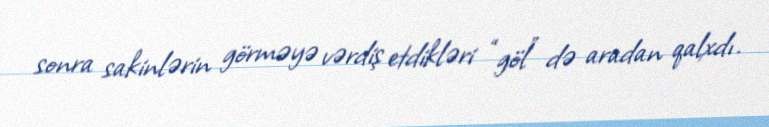
sonra sakinlərin görməyə vərdiş etdikləri “göl” də aradan qalxdı.